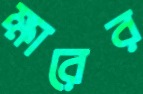
ক্ষারের